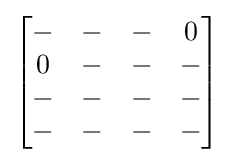
{\begin{bmatrix}-&-&-&0\\0&-&-&-\\-&-&-&-\\-&-&-&-\end{bmatrix}}